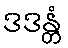
ဒဒန္တံ